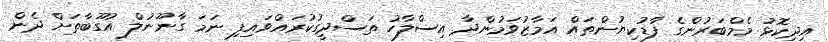
އިދިކޮޅު މެމްބަރުންގެ ފާޑުކިޔުންތައް އަމާޒުވަމުންދާ އިސްލާހު ތަސްދީގުކުރައްވައިފި ނަމަ ގާނޫނުލް އުގޫބާތަށް ދެން